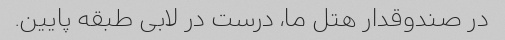
در صندوقدار هتل ما، درست در لابی طبقه پایین.